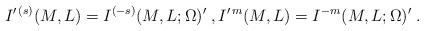
LaTeX: \begin{align*}I^{\prime\,(s)}(M,L)=I^{(-s)}(M,L;\Omega)'\;,I^{\prime\,m}(M,L)=I^{-m}(M,L;\Omega)'\;.\end{align*}